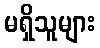
မရှိသူများ